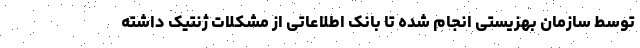
توسط سازمان بهزیستی انجام شده تا بانک اطلاعاتی از مشکلات ژنتیک داشته